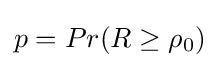
p=Pr(R\geq \rho _{0})